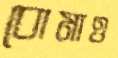
বোমাও